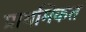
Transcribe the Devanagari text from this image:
प्राथमिकत